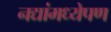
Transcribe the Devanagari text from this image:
नद्यांमध्येपण